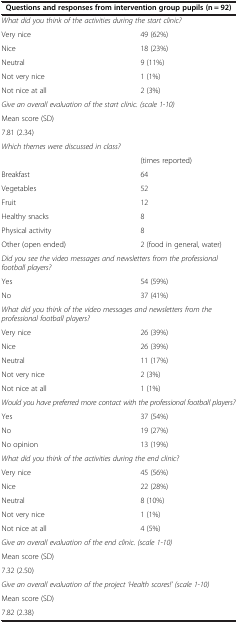
<table><thead><tr><td colspan="2"><b>Questions and responses from intervention group pupils (n = 92)</b></td></tr></thead><tbody><tr><td colspan="2"><i>What did you think of the activities during the start clinic?</i></td></tr><tr><td>Very nice</td><td>49 (62%)</td></tr><tr><td>Nice</td><td>18 (23%)</td></tr><tr><td>Neutral</td><td>9 (11%)</td></tr><tr><td>Not very nice</td><td>1 (1%)</td></tr><tr><td>Not nice at all</td><td>2 (3%)</td></tr><tr><td colspan="2"><i>Give an overall evaluation of the start clinic. (scale 1-10)</i></td></tr><tr><td colspan="2">Mean score (SD)</td></tr><tr><td colspan="2">7.81 (2.34)</td></tr><tr><td><i>Which themes were discussed in class?</i></td><td> </td></tr><tr><td> </td><td>(times reported)</td></tr><tr><td>Breakfast</td><td>64</td></tr><tr><td>Vegetables</td><td>52</td></tr><tr><td>Fruit</td><td>12</td></tr><tr><td>Healthy snacks</td><td>8</td></tr><tr><td>Physical activity</td><td>8</td></tr><tr><td>Other (open ended)</td><td>2 (food in general, water)</td></tr><tr><td colspan="2"><i>Did you see the video messages and newsletters from the professional football players?</i></td></tr><tr><td>Yes</td><td>54 (59%)</td></tr><tr><td>No</td><td>37 (41%)</td></tr><tr><td colspan="2"><i>What did you think of the video messages and newsletters from the professional football players?</i></td></tr><tr><td>Very nice</td><td>26 (39%)</td></tr><tr><td>Nice</td><td>26 (39%)</td></tr><tr><td>Neutral</td><td>11 (17%)</td></tr><tr><td>Not very nice</td><td>2 (3%)</td></tr><tr><td>Not nice at all</td><td>1 (1%)</td></tr><tr><td colspan="2"><i>Would you have preferred more contact with the professional football players?</i></td></tr><tr><td>Yes</td><td>37 (54%)</td></tr><tr><td>No</td><td>19 (27%)</td></tr><tr><td>No opinion</td><td>13 (19%)</td></tr><tr><td colspan="2"><i>What did you think of the activities during the end clinic?</i></td></tr><tr><td>Very nice</td><td>45 (56%)</td></tr><tr><td>Nice</td><td>22 (28%)</td></tr><tr><td>Neutral</td><td>8 (10%)</td></tr><tr><td>Not very nice</td><td>1 (1%)</td></tr><tr><td>Not nice at all</td><td>4 (5%)</td></tr><tr><td colspan="2"><i>Give an overall evaluation of the end clinic. (scale 1-10)</i></td></tr><tr><td>Mean score (SD)</td><td> </td></tr><tr><td>7.32 (2.50)</td><td> </td></tr><tr><td colspan="2"><i>Give an overall evaluation of the project ‘Health scores!’ (scale 1-10)</i></td></tr><tr><td>Mean score (SD)</td><td> </td></tr><tr><td>7.82 (2.38)</td><td> </td></tr></tbody></table>